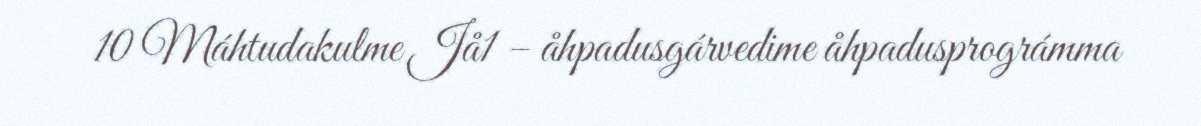
10 Máhtudakulme Jå1 – åhpadusgárvedime åhpadusprográmma